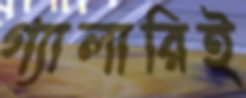
গ্যালারিই